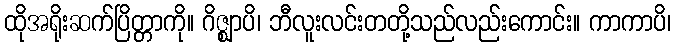
ထိုအရိုးဆက်ပြိတ္တာကို။ ဂိဇ္ဈာပိ၊ ဘီလူးလင်းတတို့သည်လည်းကောင်း။ ကာကာပိ၊